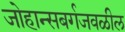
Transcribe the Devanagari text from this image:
जोहान्सबर्गजवळील